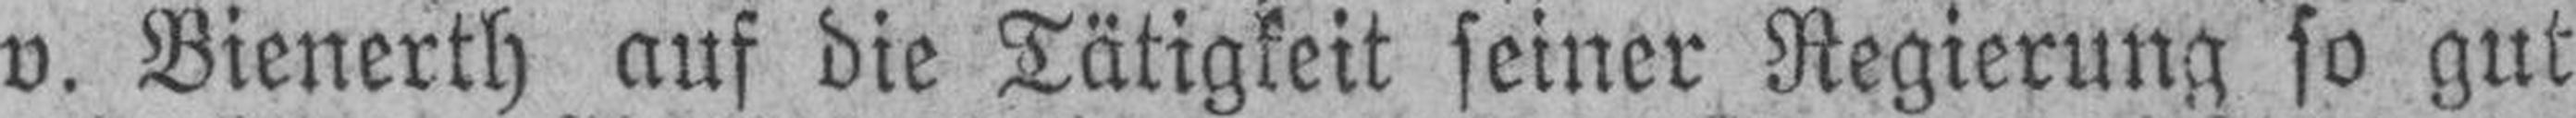
v. Bienerth auf die Tätigkeit seiner Regierung so gut